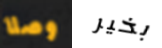
وصلا بخير